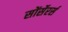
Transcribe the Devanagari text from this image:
सोंर्सेरर्स